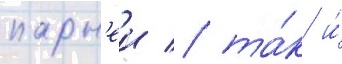
парн'еи / та́к и́